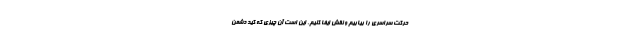
حرکت سراسری را بیابیم و نقش ایفا کنیم. این است آن چیزی که کید دشمن